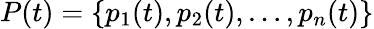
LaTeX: P(t)=\{ p_{1}(t),p_{2}(t),\dots,p_{n}(t)\}